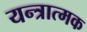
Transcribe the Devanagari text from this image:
यन्त्रात्मक